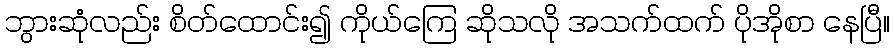
ဘွားဆုံလည်း စိတ်ထောင်း၍ ကိုယ်ကြေ ဆိုသလို အသက်ထက် ပိုအိုစာ နေပြီ။